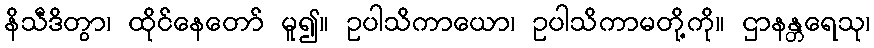
နိသီဒိတွာ၊ ထိုင်နေတော် မူ၍။ ဥပါသိကာယော၊ ဥပါသိကာမတို့ကို။ ဌာနန္တရေသု၊